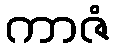
ကာဇံ